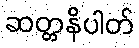
ဆတ္တနိပါတ်